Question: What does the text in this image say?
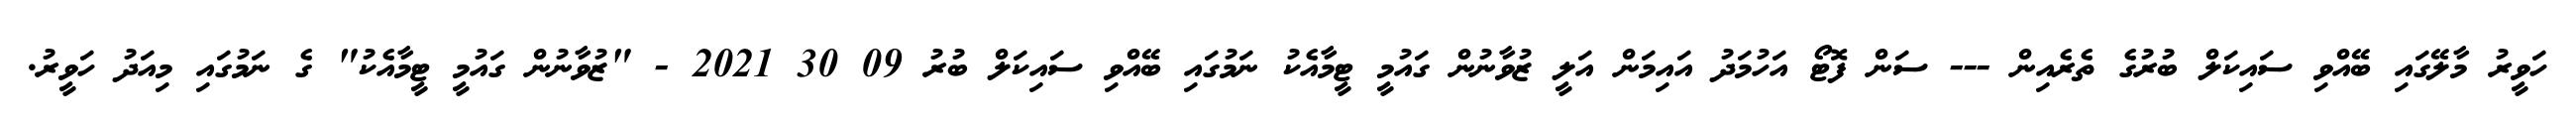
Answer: ހަވީރު މާލޭގައި ބޭއްވި ސައިކަލް ބުރުގެ ތެރެއިން --- ސަން ފޮޓޯ އަހުމަދު އައިމަން އަލީ ޒުވާނުން ގައުމީ ޓީމާއެކު ނަމުގައި ބޭއްވި ސައިކަލް ބުރު 09 30 2021 - "ޒުވާނުން ގައުމީ ޓީމާއެކު" ގެ ނަމުގައި މިއަދު ހަވީރު.